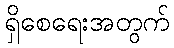
ရှိစေရေးအတွက်